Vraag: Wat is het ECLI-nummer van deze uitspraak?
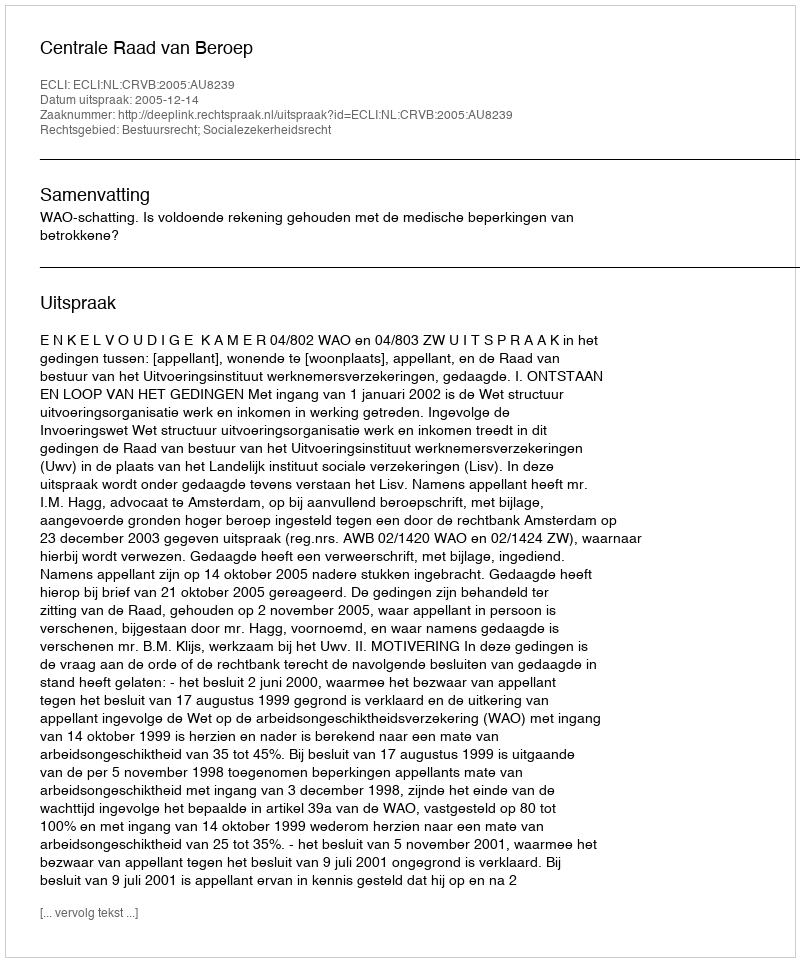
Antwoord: ECLI:NL:CRVB:2005:AU8239